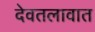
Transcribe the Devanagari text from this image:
देवतलावात